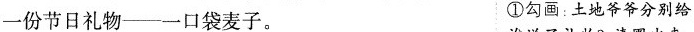
一份节日礼物——一口袋麦子。 ①勾画：土地爷爷分别给